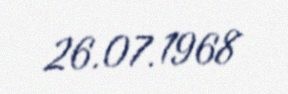
26.07.1968